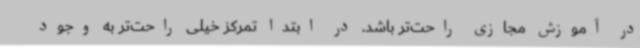
در آموزش مجازی راحت‌تر باشد. در ابتدا تمرکز خیلی راحت‌تر به وجود